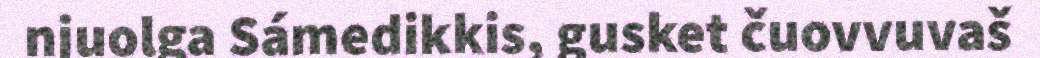
njuolga Sámedikkis, gusket čuovvuvaš